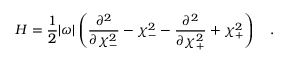
H = \frac { 1 } { 2 } | \omega | \left( \frac { \partial ^ { 2 } } { \partial \chi _ { - } ^ { 2 } } - \chi _ { - } ^ { 2 } - \frac { \partial ^ { 2 } } { \partial \chi _ { + } ^ { 2 } } + \chi _ { + } ^ { 2 } \right) \ \ \ .